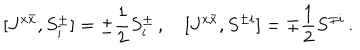
[ J ^ { x \bar { x } } , S _ { i } ^ { \pm } ] = \pm \frac { 1 } { 2 } S _ { i } ^ { \pm } \, , \quad [ J ^ { x \bar { x } } , S ^ { \pm i } ] = \mp \frac { 1 } { 2 } S ^ { \pm i } \, .